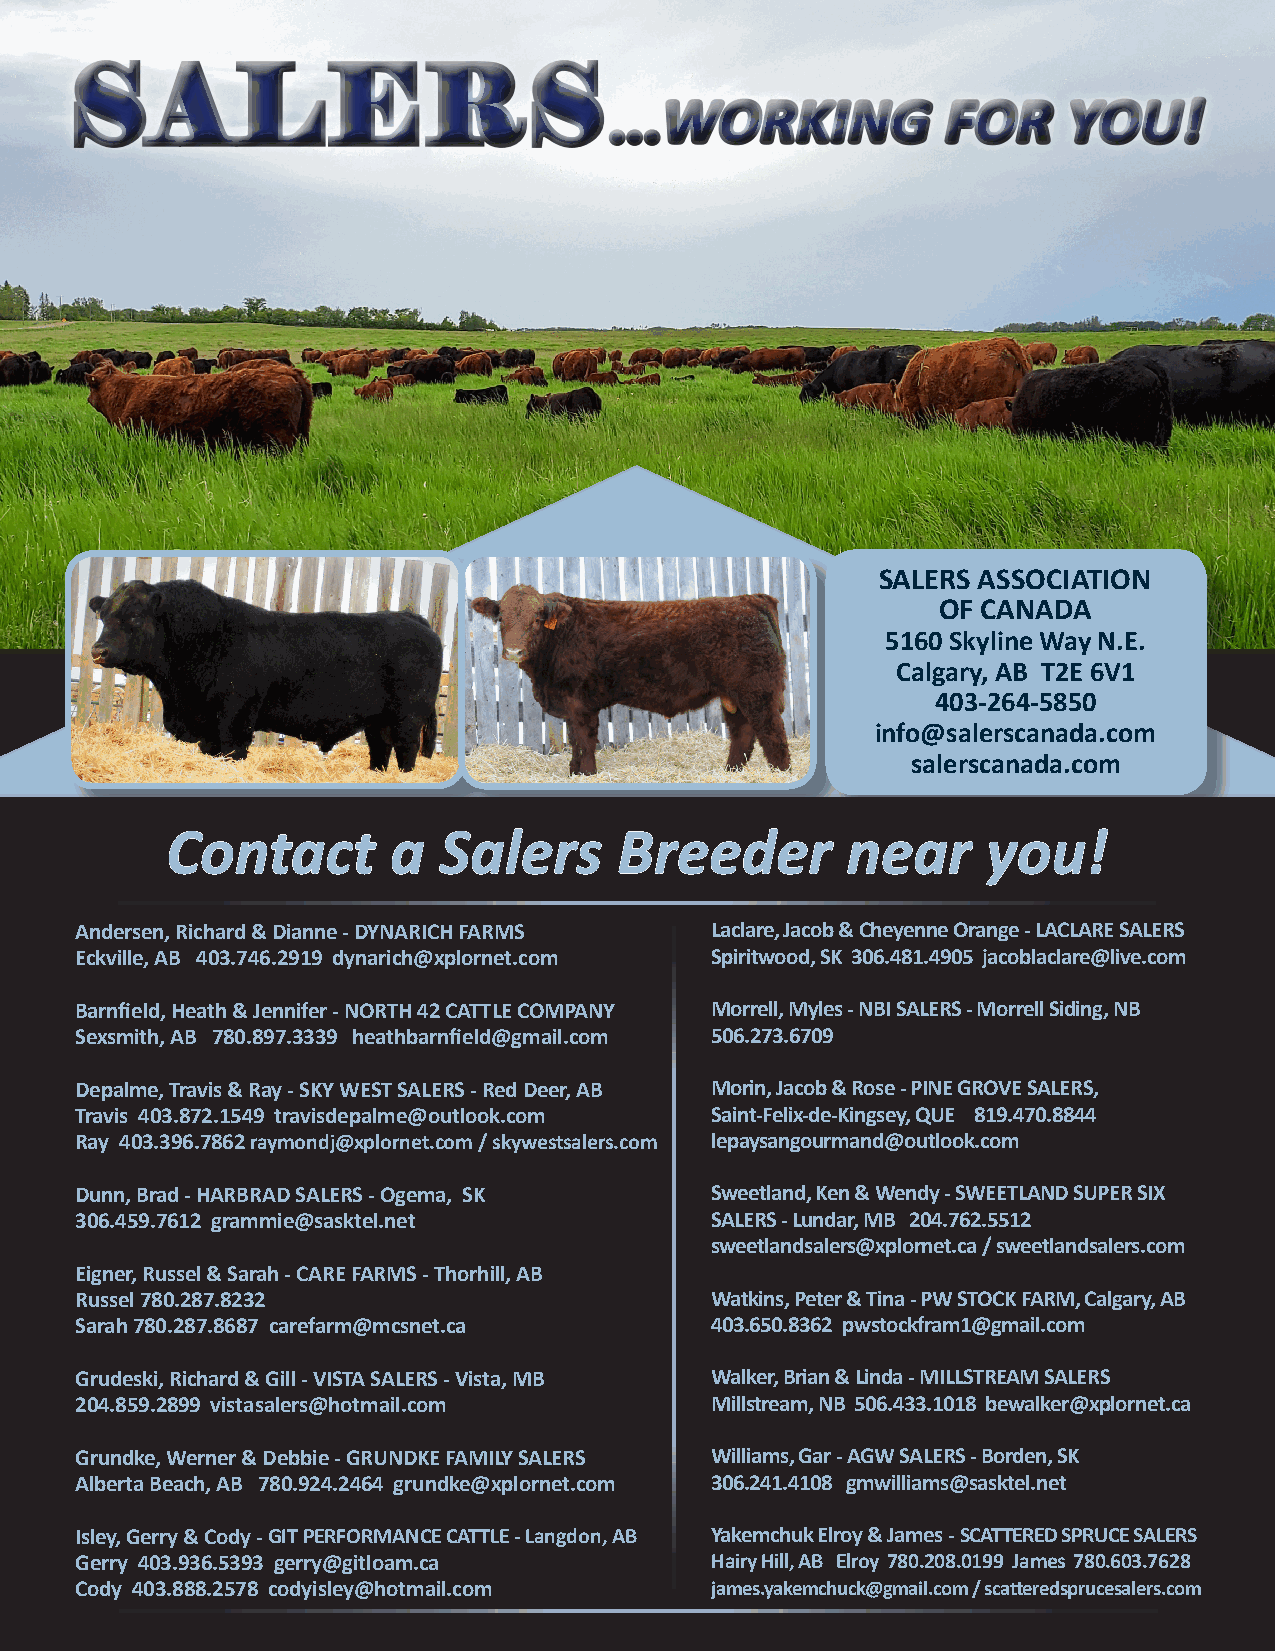
S    A     L     E     R      S
 WORKING            FOR     YOU!
 ...
 SALERS ASSOCIATION
 OF CANADA
 5160 Skyline Way N.E.
 Calgary, AB T2E 6V1
 403-264-5850
 info@salerscanada.com
 salerscanada.com
 Contact        a  Salers      Breeder        near     you!
 Andersen, Richard & Dianne - DYNARICH FARMS Laclare, Jacob & Cheyenne Orange - LACLARE SALERS
 Eckville, AB 403.746.2919 dynarich@xplornet.com Spiritwood, SK 306.481.4905 jacoblaclare@live.com
 Barnfield, Heath & Jennifer - NORTH 42 CATTLE COMPANY Morrell, Myles - NBI SALERS - Morrell Siding, NB
 Sexsmith, AB 780.897.3339 heathbarnfield@gmail.com 506.273.6709
 Depalme, Travis & Ray - SKY WEST SALERS - Red Deer, AB Morin, Jacob & Rose - PINE GROVE SALERS,
 Travis 403.872.1549 travisdepalme@outlook.com Saint-Felix-de-Kingsey, QUE 819.470.8844
 Ray 403.396.7862 raymondj@xplornet.com / skywestsalers.com lepaysangourmand@outlook.com
 Dunn, Brad - HARBRAD SALERS - Ogema, SK   Sweetland, Ken & Wendy - SWEETLAND SUPER SIX
 306.459.7612 grammie@sasktel.net          SALERS - Lundar, MB 204.762.5512
 sweetlandsalers@xplornet.ca / sweetlandsalers.com
 Eigner, Russel & Sarah - CARE FARMS - Thorhill, AB
 Russel 780.287.8232                       Watkins, Peter & Tina - PW STOCK FARM, Calgary, AB
 Sarah 780.287.8687 carefarm@mcsnet.ca     403.650.8362 pwstockfram1@gmail.com
 Grudeski, Richard & Gill - VISTA SALERS - Vista, MB Walker, Brian & Linda - MILLSTREAM SALERS
 204.859.2899 vistasalers@hotmail.com      Millstream, NB 506.433.1018 bewalker@xplornet.ca
 Grundke, Werner & Debbie - GRUNDKE FAMILY SALERS Williams, Gar - AGW SALERS - Borden, SK
 Alberta Beach, AB 780.924.2464 grundke@xplornet.com 306.241.4108 gmwilliams@sasktel.net
 Isley, Gerry & Cody - GIT PERFORMANCE CATTLE - Langdon, AB Yakemchuk Elroy & James - SCATTERED SPRUCE SALERS
 Gerry 403.936.5393 gerry@gitloam.ca       Hairy Hill, AB Elroy 780.208.0199 James 780.603.7628
 Cody 403.888.2578 codyisley@hotmail.com   james.yakemchuck@gmail.com / sca�eredsprucesalers.com